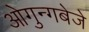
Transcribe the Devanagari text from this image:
ओगुन्गबेजे